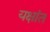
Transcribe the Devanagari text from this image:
यक्षांत